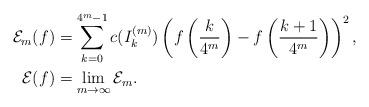
LaTeX: \begin{align*}\mathcal{E}_{m}(f)&=\sum_{k=0}^{4^{m}-1} c(I_{k}^{(m)})\left(f\left(\frac{k}{4^{m}}\right)-f\left(\frac{k+1}{4^m}\right)\right)^{2}, \\\mathcal{E}(f) &= \lim_{m\to\infty} \mathcal{E}_m.\end{align*}